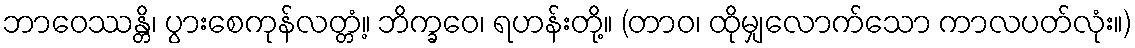
ဘာဝေဿန္တိ၊ ပွားစေကုန်လတ္တံ့။ ဘိက္ခဝေ၊ ရဟန်းတို့။ (တာဝ၊ ထိုမျှလောက်သော ကာလပတ်လုံး။)